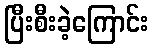
ပြီးစီးခဲ့ကြောင်း